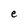
Character: e